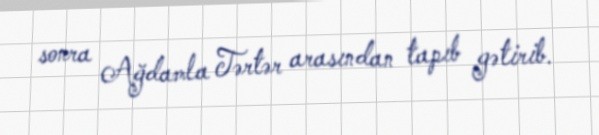
sonra Ağdamla Tərtər arasından tapıb gətirib.